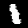
Digit: 1